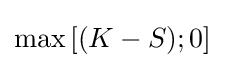
\max \left[(K-S);0\right]